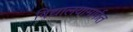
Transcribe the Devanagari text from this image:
विद्यालयामार्फत